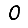
Digit: 0